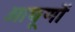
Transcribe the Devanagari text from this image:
आघूणों